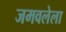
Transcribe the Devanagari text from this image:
जमवलेला